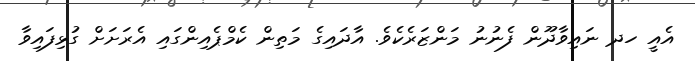
އެއީ ހދ ނައިވާދޫން ފެނުނު މަންޒަރެކެވެ. އާދައިގެ މަތިން ކެމްޕެއިންގައި އެރަށަށް ގުޅިފައިވާ